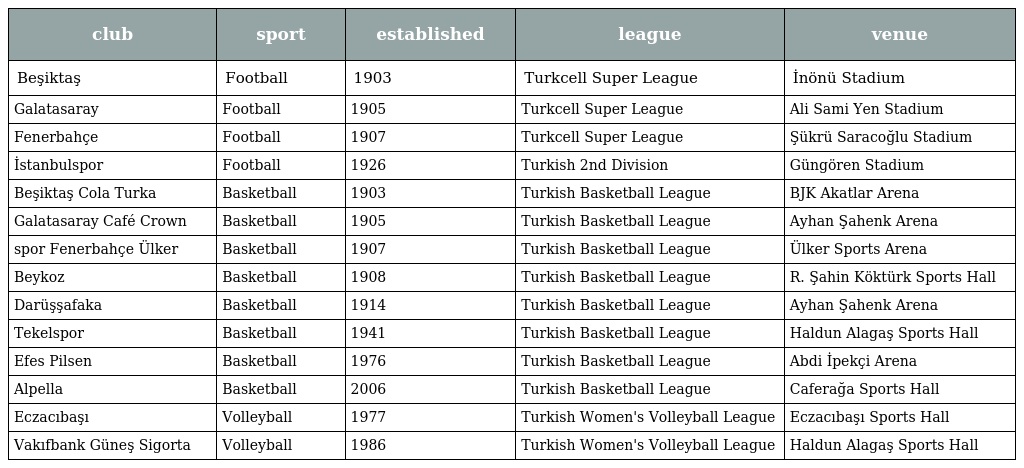
| club | sport | established | league | venue |
 | --- | --- | --- | --- | --- |
 | Beşiktaş | Football | 1903 | Turkcell Super League | İnönü Stadium |
 | Galatasaray | Football | 1905 | Turkcell Super League | Ali Sami Yen Stadium |
 | Fenerbahçe | Football | 1907 | Turkcell Super League | Şükrü Saracoğlu Stadium |
 | İstanbulspor | Football | 1926 | Turkish 2nd Division | Güngören Stadium |
 | Beşiktaş Cola Turka | Basketball | 1903 | Turkish Basketball League | BJK Akatlar Arena |
 | Galatasaray Café Crown | Basketball | 1905 | Turkish Basketball League | Ayhan Şahenk Arena |
 | spor Fenerbahçe Ülker | Basketball | 1907 | Turkish Basketball League | Ülker Sports Arena |
 | Beykoz | Basketball | 1908 | Turkish Basketball League | R. Şahin Köktürk Sports Hall |
 | Darüşşafaka | Basketball | 1914 | Turkish Basketball League | Ayhan Şahenk Arena |
 | Tekelspor | Basketball | 1941 | Turkish Basketball League | Haldun Alagaş Sports Hall |
 | Efes Pilsen | Basketball | 1976 | Turkish Basketball League | Abdi İpekçi Arena |
 | Alpella | Basketball | 2006 | Turkish Basketball League | Caferağa Sports Hall |
 | Eczacıbaşı | Volleyball | 1977 | Turkish Women's Volleyball League | Eczacıbaşı Sports Hall |
 | Vakıfbank Güneş Sigorta | Volleyball | 1986 | Turkish Women's Volleyball League | Haldun Alagaş Sports Hall |